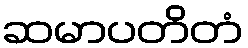
ဆမာပတိတံ